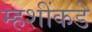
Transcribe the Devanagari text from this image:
म्हशींकडे